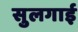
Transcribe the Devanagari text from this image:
सुलगाई